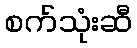
စက်သုံးဆီ